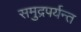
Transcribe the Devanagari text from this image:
समुद्रपर्यन्त